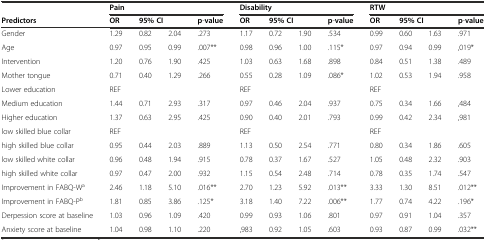
<table><thead><tr><td></td><td colspan="4"><b>Pain</b></td><td colspan="4"><b>Disability</b></td><td colspan="4"><b>RTW</b></td></tr><tr><td><b>Predictors</b></td><td><b>OR</b></td><td colspan="2"><b>95% CI</b></td><td><b>p-value</b></td><td><b>OR</b></td><td colspan="2"><b>95% CI</b></td><td><b>p-value</b></td><td><b>OR</b></td><td colspan="2"><b>95% CI</b></td><td><b>p-value</b></td></tr></thead><tbody><tr><td>Gender</td><td>1.29</td><td>0.82</td><td>2.04</td><td>.273</td><td>1.17</td><td>0.72</td><td>1.90</td><td>.534</td><td>0.99</td><td>0.60</td><td>1.63</td><td>.971</td></tr><tr><td>Age</td><td>0.97</td><td>0.95</td><td>0.99</td><td>.007**</td><td>0.98</td><td>0.96</td><td>1.00</td><td>.115*</td><td>0.97</td><td>0.94</td><td>0.99</td><td>,019*</td></tr><tr><td>Intervention</td><td>1.20</td><td>0.76</td><td>1.90</td><td>.425</td><td>1.03</td><td>0.63</td><td>1.68</td><td>.898</td><td>0.84</td><td>0.51</td><td>1.38</td><td>.489</td></tr><tr><td>Mother tongue</td><td>0.71</td><td>0.40</td><td>1.29</td><td>.266</td><td>0.55</td><td>0.28</td><td>1.09</td><td>.086*</td><td>1.02</td><td>0.53</td><td>1.94</td><td>.958</td></tr><tr><td>Lower education</td><td>REF</td><td></td><td></td><td></td><td>REF</td><td></td><td></td><td></td><td>REF</td><td></td><td></td><td></td></tr><tr><td>Medium education</td><td>1.44</td><td>0.71</td><td>2.93</td><td>.317</td><td>0.97</td><td>0.46</td><td>2.04</td><td>.937</td><td>0.75</td><td>0.34</td><td>1.66</td><td>,484</td></tr><tr><td>Higher education</td><td>1.37</td><td>0.63</td><td>2.95</td><td>.425</td><td>0.90</td><td>0.40</td><td>2.01</td><td>.793</td><td>0.99</td><td>0.42</td><td>2.34</td><td>,981</td></tr><tr><td>low skilled blue collar</td><td>REF</td><td></td><td></td><td></td><td>REF</td><td></td><td></td><td></td><td>REF</td><td></td><td></td><td></td></tr><tr><td>high skilled blue collar</td><td>0.95</td><td>0.44</td><td>2.03</td><td>.889</td><td>1.13</td><td>0.50</td><td>2.54</td><td>.771</td><td>0.80</td><td>0.34</td><td>1.86</td><td>.605</td></tr><tr><td>low skilled white collar</td><td>0.96</td><td>0.48</td><td>1.94</td><td>.915</td><td>0.78</td><td>0.37</td><td>1.67</td><td>.527</td><td>1.05</td><td>0.48</td><td>2.32</td><td>.903</td></tr><tr><td>high skilled white collar</td><td>0.97</td><td>0.47</td><td>2.00</td><td>.932</td><td>1.15</td><td>0.54</td><td>2.48</td><td>.714</td><td>0.78</td><td>0.35</td><td>1.74</td><td>.547</td></tr><tr><td>Improvement in FABQ-W<sup>a</sup></td><td>2.46</td><td>1.18</td><td>5.10</td><td>.016**</td><td>2.70</td><td>1.23</td><td>5.92</td><td>.013**</td><td>3.33</td><td>1.30</td><td>8.51</td><td>.012**</td></tr><tr><td>Improvement in FABQ-P<sup>b</sup></td><td>1.81</td><td>0.85</td><td>3.86</td><td>.125*</td><td>3.18</td><td>1.40</td><td>7.22</td><td>.006**</td><td>1.77</td><td>0.74</td><td>4.22</td><td>.196*</td></tr><tr><td>Derpession score at baseline</td><td>1.03</td><td>0.96</td><td>1.09</td><td>.420</td><td>0.99</td><td>0.93</td><td>1.06</td><td>.801</td><td>0.97</td><td>0.91</td><td>1.04</td><td>.357</td></tr><tr><td>Anxiety score at baseline</td><td>1.04</td><td>0.98</td><td>1.10</td><td>.220</td><td>,983</td><td>0.92</td><td>1.05</td><td>.603</td><td>0.93</td><td>0.87</td><td>0.99</td><td>.032**</td></tr></tbody></table>